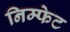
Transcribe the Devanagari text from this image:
निम्फेट